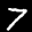
Label: 7